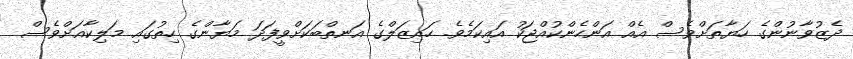
ދެޒުވާނުންގެ ހަޔާތަށްވެސް އެއް އަންހެންކުއްޖަކު އައިކަމެވެ. ހައިޒަލްގެ އަނތްބަކަށްވީފަދަ މަޔާންގެ ހިތުގައި މަލިކާއަށްވެސް